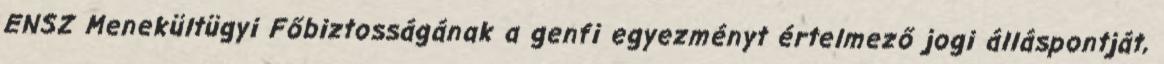
ENSZ Menekültügyi Főbiztosságának a genfi egyezményt értelmező jogi álláspontját,